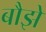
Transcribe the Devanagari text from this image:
बौझे